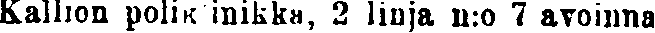
Kallion poliklinikka, 2 linja n:o 7 avoinna